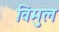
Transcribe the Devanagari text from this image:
विमुल